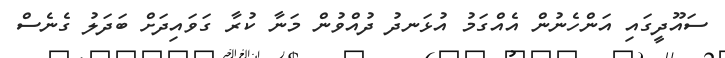
ސައޫދީގައި އަންހެނުން އެއްގަމު އުޅަނދު ދުއްވުން މަނާ ކުރާ ގަވައިދަށް ބަދަލު ގެނެސް